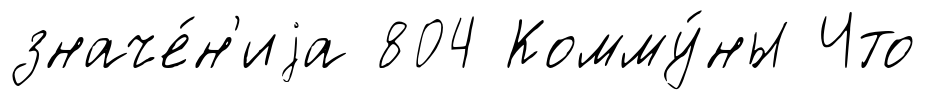
значе́н'иjа 804 Комму́ны Что